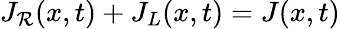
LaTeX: J_{\mathcal{R}}(x,t)+J_{L}(x,t)=J(x,t)